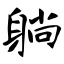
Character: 躺